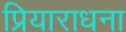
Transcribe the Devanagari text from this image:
प्रियाराधना